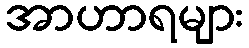
အာဟာရများ